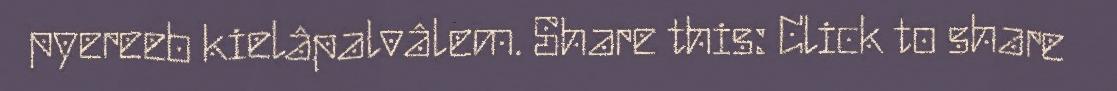
pyereeb kielâpalvâlem. Share this: Click to share